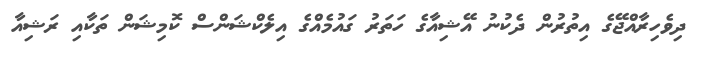
ދިވެހިރާއްޖޭގެ އިތުރުން ދެކުނު އޭޝިއާގެ ހަތަރު ގައުމެއްގެ އިލެކްޝަންސް ކޮމިޝަން ތަކާއި ރަޝިއާ